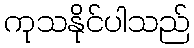
ကုသနိုင်ပါသည်